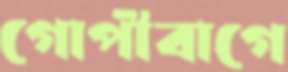
গোপীবাগে